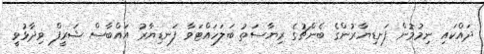
ދައްކައި ނިމުމުން ފަނޑިޔާރުންގެ ބެންޗުގެ ރިޔާސަތު ބަލަހައްޓަވާ ފަނޑިޔާރު އައްބާސް ޝަރީފް ވިދާޅުވީ